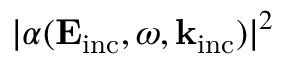
| \alpha ( \mathbf { E } _ { \mathrm { { i n c } } } , \omega , \mathbf { k } _ { \mathrm { { i n c } } } ) | ^ { 2 }